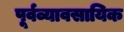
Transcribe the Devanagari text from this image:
पूर्वव्यावसायिक